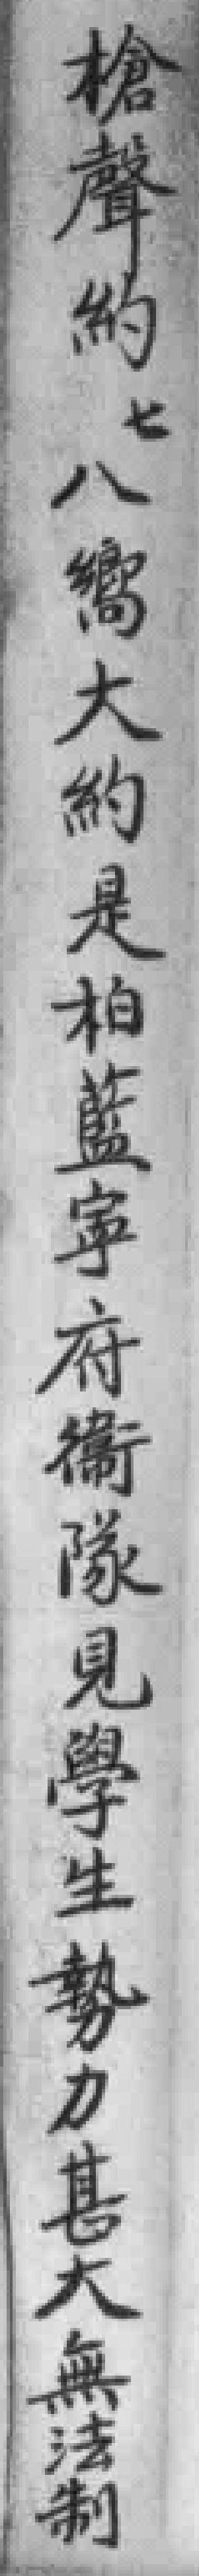
槍聲約七八嚮大約是柏藍寕府衞隊見學生勢力甚大無法制